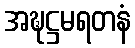
အဍ္ဎဋ္ဌမရတနံ